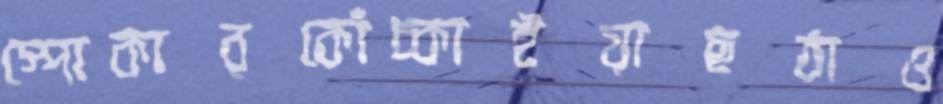
স্পোকারকোঁচ্‌কাইয়াছঠাও